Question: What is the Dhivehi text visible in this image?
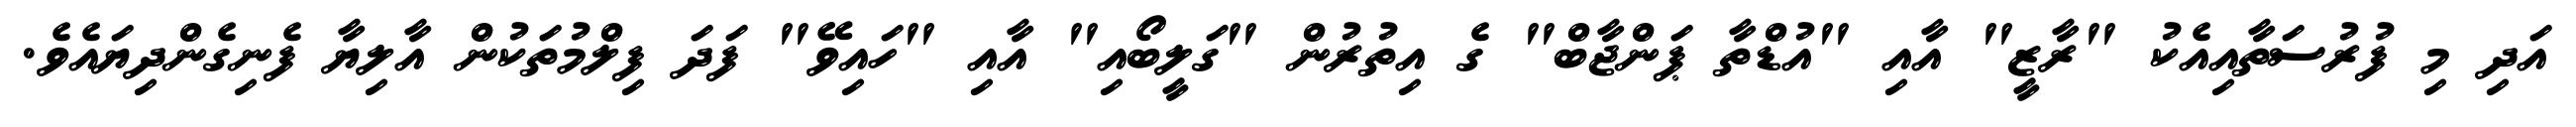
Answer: އަދި މި ފުރުސަތާއިއެކު "ރާޒީ" އާއި "އުޑްތާ ޕަންޖާބް" ގެ އިތުރުން "ގަލީބޯއި" އާއި "ހައިވޭ" ފަދަ ފިލްމުތަކުން އާލިޔާ ފެނިގެންދިޔައެވެ.